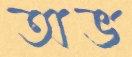
অভ